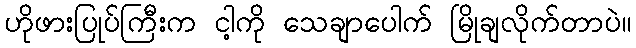
ဟိုဖားပြုပ်ကြီးက ငါ့ကို သေချာပေါက် မြိုချလိုက်တာပဲ။